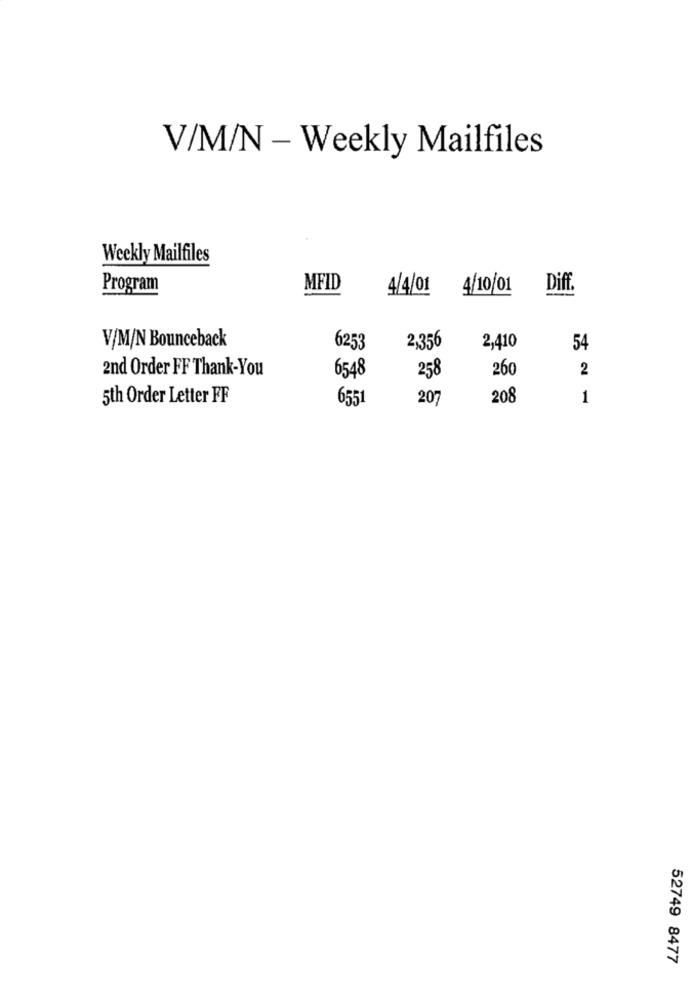
V/M/N - Weekly Mailfiles
Weekly Mailfiles
Program
MFID
4/4/01
4/10/01
Dif.
V/M/N Bounceback
6253
2,356
2,410
54
2nd Order FF Thank-You
258
260
2
6548
5th Order Letter FF
6551
207
208
1
52749 8477